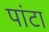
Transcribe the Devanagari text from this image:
पांटा